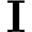
\mathbf { I }